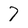
Character: 7